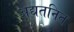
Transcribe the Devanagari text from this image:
अद्यतनित